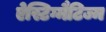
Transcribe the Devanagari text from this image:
ऐस्टिग्मैटिज्म